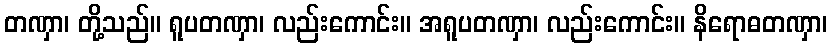
တဏှာ၊ တို့သည်။ ရူပတဏှာ၊ လည်းကောင်း။ အရူပတဏှာ၊ လည်းကောင်း။ နိရောဓတဏှာ၊